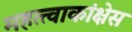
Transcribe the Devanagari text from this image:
महत्त्वाकांक्षेस